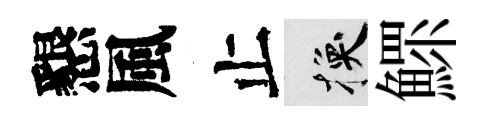
懇風止换鰥